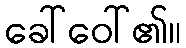
ခေါ်ဝေါ်၏။